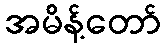
အမိန့်တော်